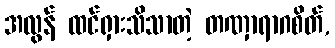
အလွန် ထင်ရှားသိသာတဲ့ တဏှာရာဂစိတ်,